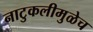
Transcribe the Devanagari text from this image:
नाटुकलीमुळेच